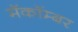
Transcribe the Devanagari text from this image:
मॅकॉम्बर